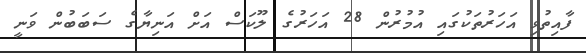
ފާއިތުވި އަހަރުތަކުގައި އުމުރުން 28 އަހަރުގެ ލޫކަސް އަށް އަނިޔާގެ ސަބަބުން ވަނީ